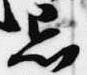
忌